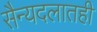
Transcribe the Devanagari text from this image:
सैन्यदलातही